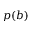
p ( b )